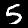
Label: 5